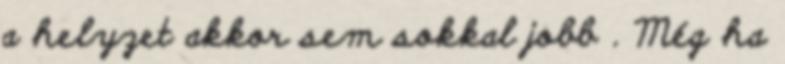
a helyzet akkor sem sokkal jobb . Még ha